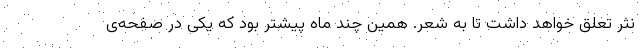
نثر تعلق خواهد داشت تا به شعر. همین چند ماه پیشتر بود که یکی در صفحه‌ی